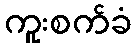
ကူးစက်ခံ